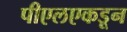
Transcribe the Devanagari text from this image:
पीएलएकडून